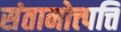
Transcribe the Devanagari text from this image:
संतानोत्त्पत्ति